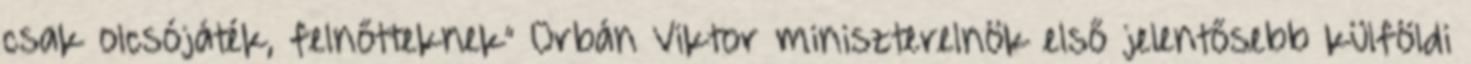
csak olcsójáték, felnőtteknek” Orbán Viktor miniszterelnök első jelentősebb külföl­di